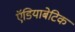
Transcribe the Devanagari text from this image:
ऍडियाबेटिक